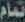
تمام